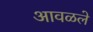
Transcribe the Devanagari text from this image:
आवळले